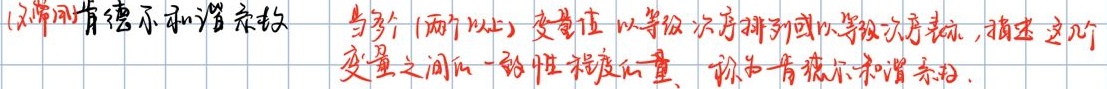
(通常叫肯德尔和谐系数)
当多个 (两个以上) 变量值以等级次序排列或以等级次序表示，描述这几个
变量之间的一致性程度的量，称为肯德尔和谐系数.